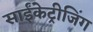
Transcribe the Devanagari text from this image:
साईंकेट्रीजिंग